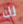
لك